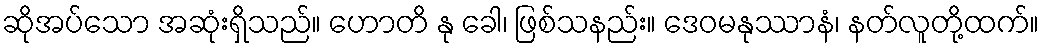
ဆိုအပ်သော အဆုံးရှိသည်။ ဟောတိ နု ခေါ၊ ဖြစ်သနည်း။ ဒေဝမနုဿာနံ၊ နတ်လူတို့ထက်။